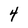
Character: 4